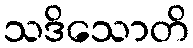
သဒိသောတိ